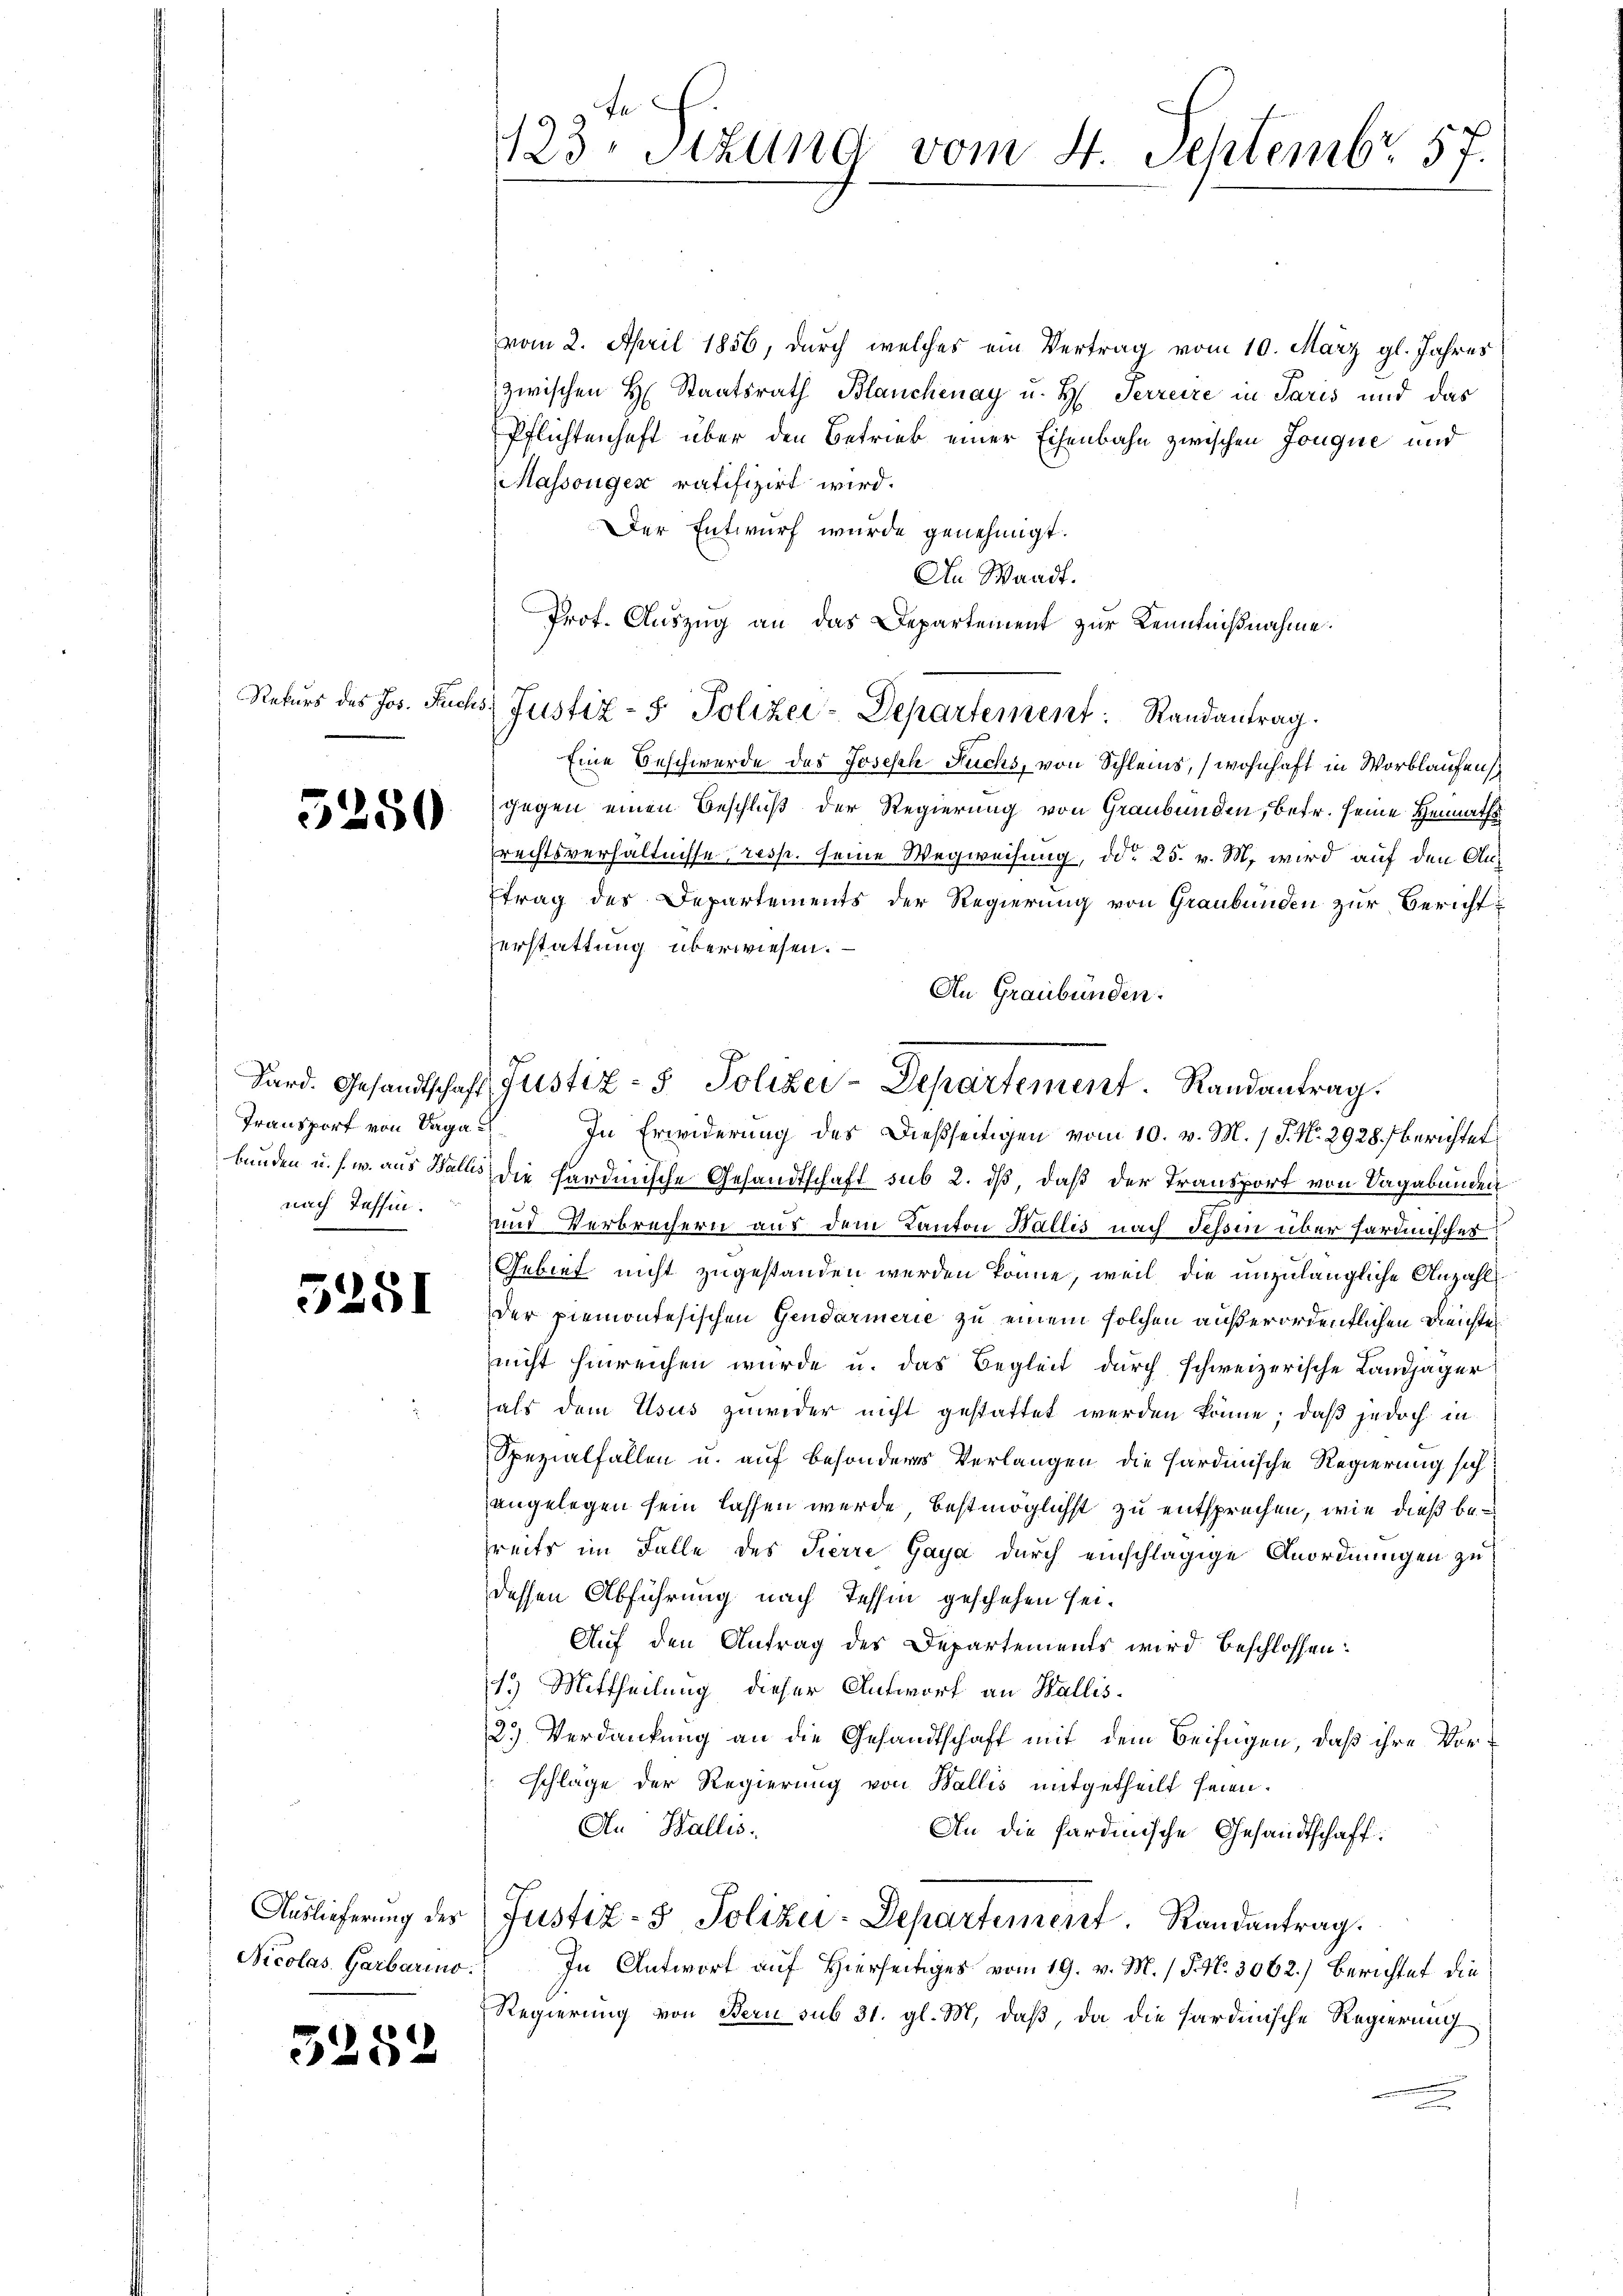
te
123. Stzung vom 4. Septembr. 157.

vom 2. April 1856, durch welches ein Vertrag vom 10. März gl. Jahres
zwischen H. Staatsrath Blanchenay u. H. Perreire in Paris und das
Pflichtenhaft über den Betrieb einer Eisenbahn zwischen Jouque und
Massengen ratifizirt wird.
Der Entwurf wurde genehmigt.
An Waadt.
Prot. Auszug an das Departement zur Kenntnißnahme.
Rekurs des Jos. Fuchs, Justiz- & Polizei-Departement: Randantrag
Eine Beschwerde des Joseph Fuchs, von Schleins, wohnhaft in Worblaufens
gegen einen Beschluß der Regierung von Graubünden, betr. seine Heimaths
rechtsverhältnisse, resp. seine Wegweisung, ddo 25. v. M. wird auf den Antrag des Departements der Regierung von Graubünden zur Berichterstattung überwiesen.
An Graubünden.
Sard. Gesandtschaft Justiz- & Polizei-Departement. Randantrag.
Transport von Baga. In Erwiderung des Dießseitigen vom 10. v. M. / J. No. 2928) berichtet
bunden u. s. w. aus Wallis, die hardinische Gesandtschaft sub 2. ds, daß der Transport von Vagabunden
.
und Verbrechern aus dem Kanton Wallis nach Tessin über fardinisches
Gebiet nicht zugestanden werden könne, weil die unzulängliche Anzahl
Der piemontesischen Gendarmerie zu einem solchen außerordentlichen Deichtes
nicht hinreichen wurde u. das Begleit durch schweizerische Landjäger
als dem Usus zuwider nicht gestattet werden könne; daß jedoch in
Spezialfallen u. auf besonderes Verlangen die Sardinische Regierung sich
angelegen sein lassen werde, bestmöglichst zu entsprechen, wie dieß bereits im Falle des Tierre Gaya durch einschlägige Anordnungen zu
dessen Abführung nach Tessin geschehen sei.
Auf den Antrag des Departements wird beschlossen:
1.) Mittheilung dieser Antwort an Wallis¬
23) Verdankung an die Gesandtschaft mit dem Beifügen, daß ihre Vorschläge der Regierung von Wallis mitgetheilt seien.
Au Wallis.
An die sardinische Gesandtschaft:
Auslieferung des Justiz- & Polizei-Departement. Randantrag.
In Antwort auf Hierseitiges vom 19. v. M. / P. N. 3062.) Berichtet die
Regierung von Bern sub 31. gl. M. daß, da die Sardinische Regierung

5250

nach Tessin.

5251

Nicolas. Garbarino.

5282